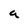
Character: a